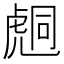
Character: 𧇌